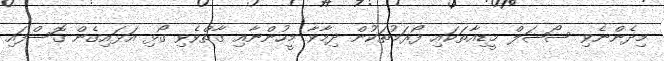
މިދެންނެވި ސޯޝަލް މީޑިއާތަކައި ފޯރަމުތަކުން ދިމާވާ މީހުންނާއި ގާތްވެވި ގޯޅި އަޅައިގެން ގޮސްފައި